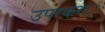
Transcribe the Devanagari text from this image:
उपस्करांें